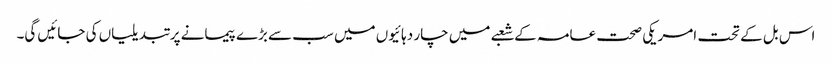
اس بل کے تحت امریکی صحت عامہ کے شعبے میں چار دہائیوں میں سب سے بڑے پیمانے پر تبدیلیاں کی جائیں گی۔